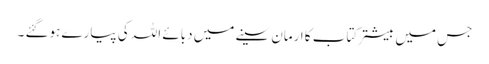
جس میں بیشتر کتاب کا ارمان سینے میں دبائے اللہ کی پیارے ہوگئے ۔